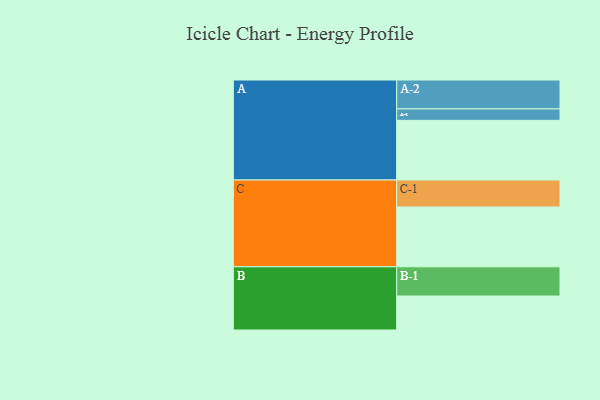
{"axis": {"x": "Segment", "y": "Value"}, "legend": ["", "A", "B", "C"], "data": [{"x": "A", "y": 569, "type": ""}, {"x": "B", "y": 324, "type": ""}, {"x": "C", "y": 571, "type": ""}, {"x": "A-1", "y": 109, "type": "A"}, {"x": "A-2", "y": 276, "type": "A"}, {"x": "B-1", "y": 279, "type": "B"}, {"x": "C-1", "y": 257, "type": "C"}]}